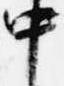
中